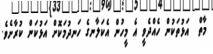
މާތް  އަޅުތަކުން ހެއްދެވީ އެ މީހުން އެކަލާނގެ ހަނދުމަކޮށް އަޅުކަން ކުރާށެވެ.